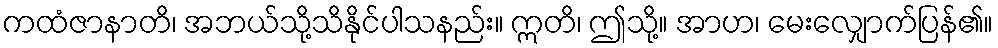
ကထံဇာနာတိ၊ အဘယ်သို့သိနိုင်ပါသနည်း။ ဣတိ၊ ဤသို့။ အာဟ၊ မေးလျှောက်ပြန်၏။